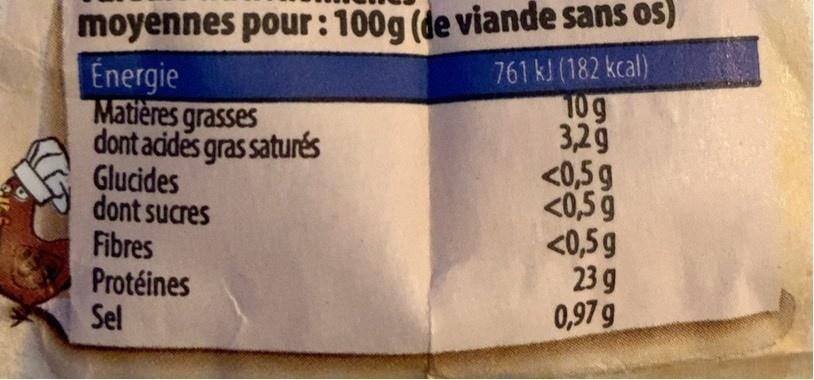
moyennes pour: 100g (de viande sans os) Energie Matières grasses dont acides gras saturés Glucides dont sucres Fibres Protéines Sel
761 kJ (182 kcal) T0 g 3,29 <0,5g <0,59 <0,5g 23 g 0,97 g